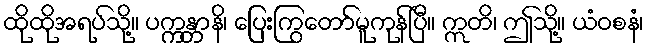
ထိုထိုအရပ်သို့။ ပက္ကန္တာနိ၊ ပြေးကြွတော်မူကုန်ပြီ။ ဣတိ၊ ဤသို့။ ယံဝစနံ၊